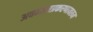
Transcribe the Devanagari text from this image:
अवमानप्रकरणावरून